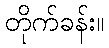
တိုက်ခန်း။